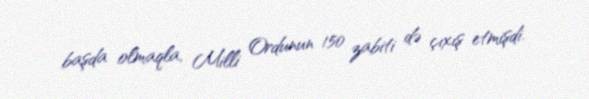
başda olmaqla, Milli Ordunun 150 zabiti də çıxış etmişdi.